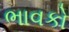
ભાવકો